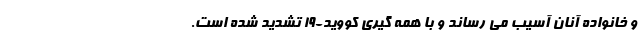
و خانواده آنان آسیب می رساند و با همه گیری کووید-۱۹ تشدید شده است.